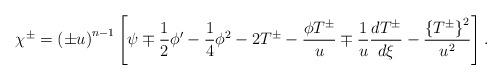
LaTeX: \begin{align*}\chi ^{\pm }=\left( \pm u\right) ^{n-1}\left[ \psi \mp \frac{1}{2}{\phi }^{\prime }-\frac{1}{4}\phi ^{2}-2T^{\pm }-\frac{\phi T^{\pm }}{u}\mp \frac{1}{u}\frac{d T^{\pm }}{d \xi }-\frac{\left\{ T^{\pm }\right\} ^{2}}{u^{2}}\right] . \end{align*}